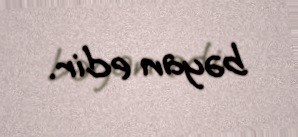
bəyan edir.